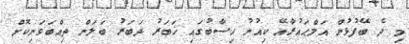
މި ދެ ބޭފުޅުން އަލްޙައުރާއޭ ކިއުނު ހިސާބުގައި ޚަބަރު ދަބަރު ބަލަން ތިއްބަވަނިކޮށް